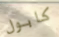
كابول